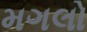
મગલો